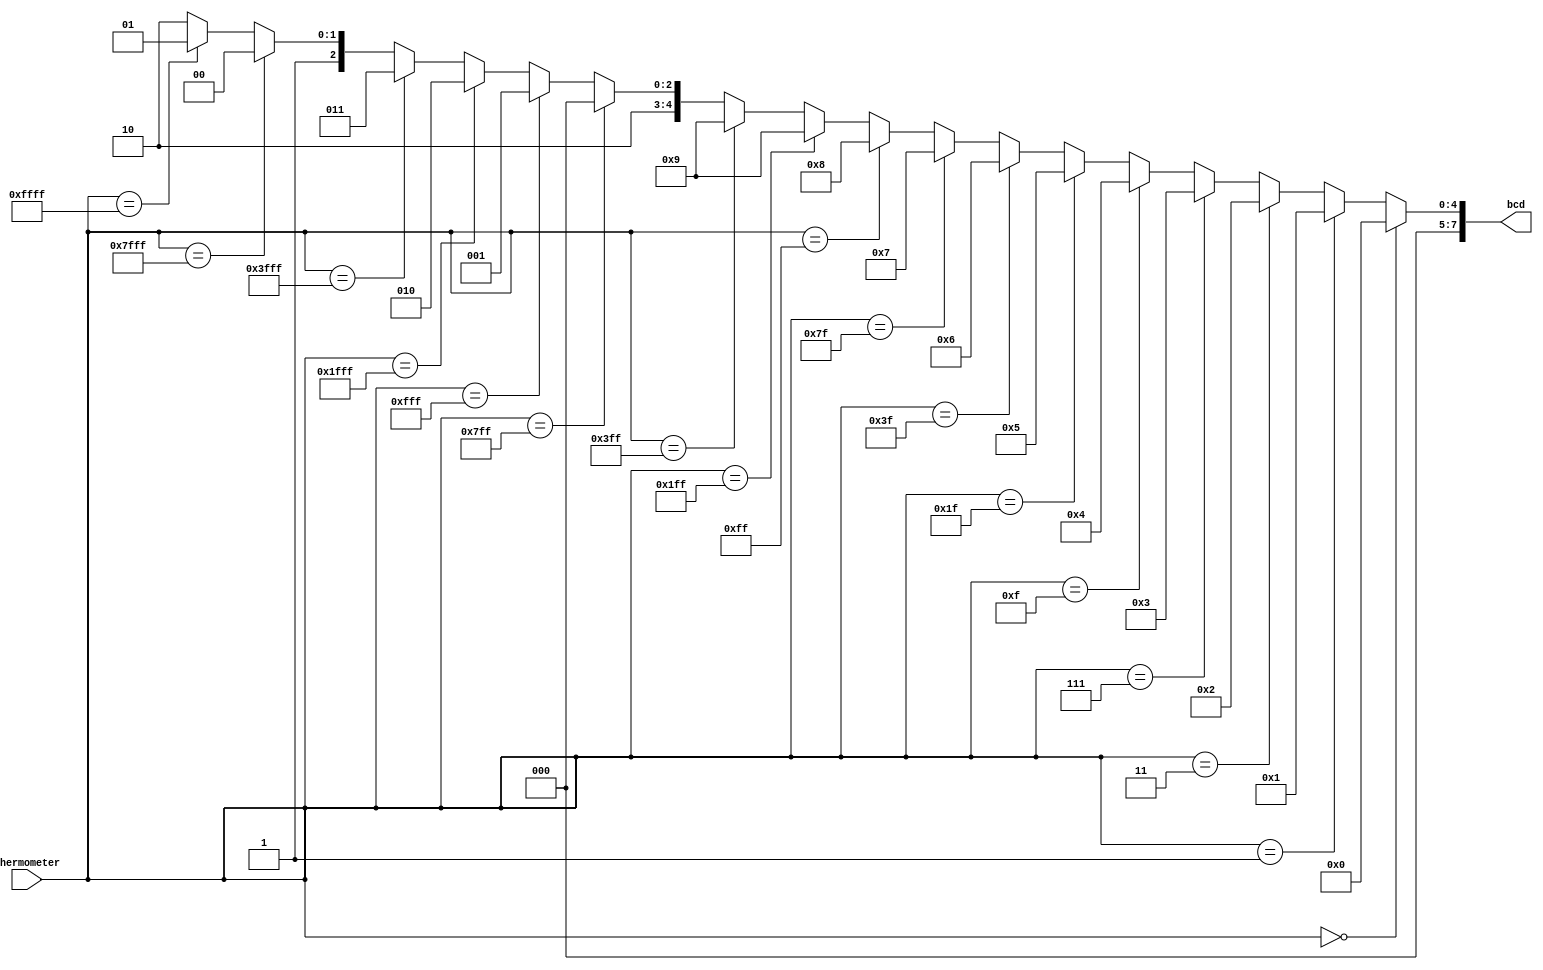
module thermometer_to_bcd(bcd, thermometer);

output [7:0] bcd;
input [15:0] thermometer;

assign bcd = (thermometer == 16'b0) ? 0 :
             (thermometer == 16'b1) ? 1 :
             (thermometer == 16'b11) ? 2 :
             (thermometer == 16'b111) ? 3 :
             (thermometer == 16'b1111) ? 4 :
             (thermometer == 16'b11111) ? 5 :
             (thermometer == 16'b111111) ? 6 :
             (thermometer == 16'b1111111) ? 7 :
             (thermometer == 16'b11111111) ? 8 :
             (thermometer == 16'b111111111) ? 9 :
             (thermometer == 16'b1111111111) ? 9 :
             (thermometer == 16'b11111111111) ? {4'd1, 4'd0} :
             (thermometer == 16'b111111111111) ? {4'd1, 4'd1} :
             (thermometer == 16'b1111111111111) ? {4'd1, 4'd2} :
             (thermometer == 16'b11111111111111) ? {4'd1, 4'd3} :
             (thermometer == 16'b111111111111111) ? {4'd1, 4'd4} :
             (thermometer == 16'b1111111111111111) ? {4'd1, 4'd5} :
                                                     {4'd1, 4'd6};
endmodule